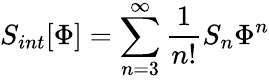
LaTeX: S_{int}[\Phi]=\sum_{n=3}^{\infty}{\frac{1}{n!}}S_{n}\Phi^{n}